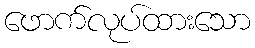
ဖောက်လုပ်ထားသော